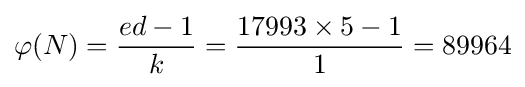
\varphi (N)={\frac {ed-1}{k}}={\frac {17993\times 5-1}{1}}=89964